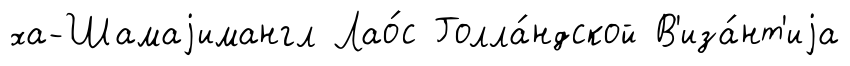
ха-Шамаjимангл Лао́с Голла́ндской В'иза́нт'иjа